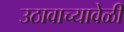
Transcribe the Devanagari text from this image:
उठावाच्यावेळी